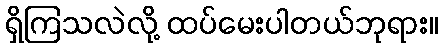
ရှိကြသလဲလို့ ထပ်မေးပါတယ်ဘုရား။